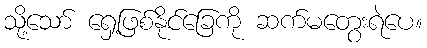
သို့သော် ရှေ့ဖြစ်နိုင်ခြေကို ဆက်မတွေးရဲပေ။